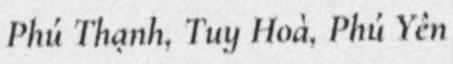
Phú Thạnh, Tuy Hoà, Phú Yên